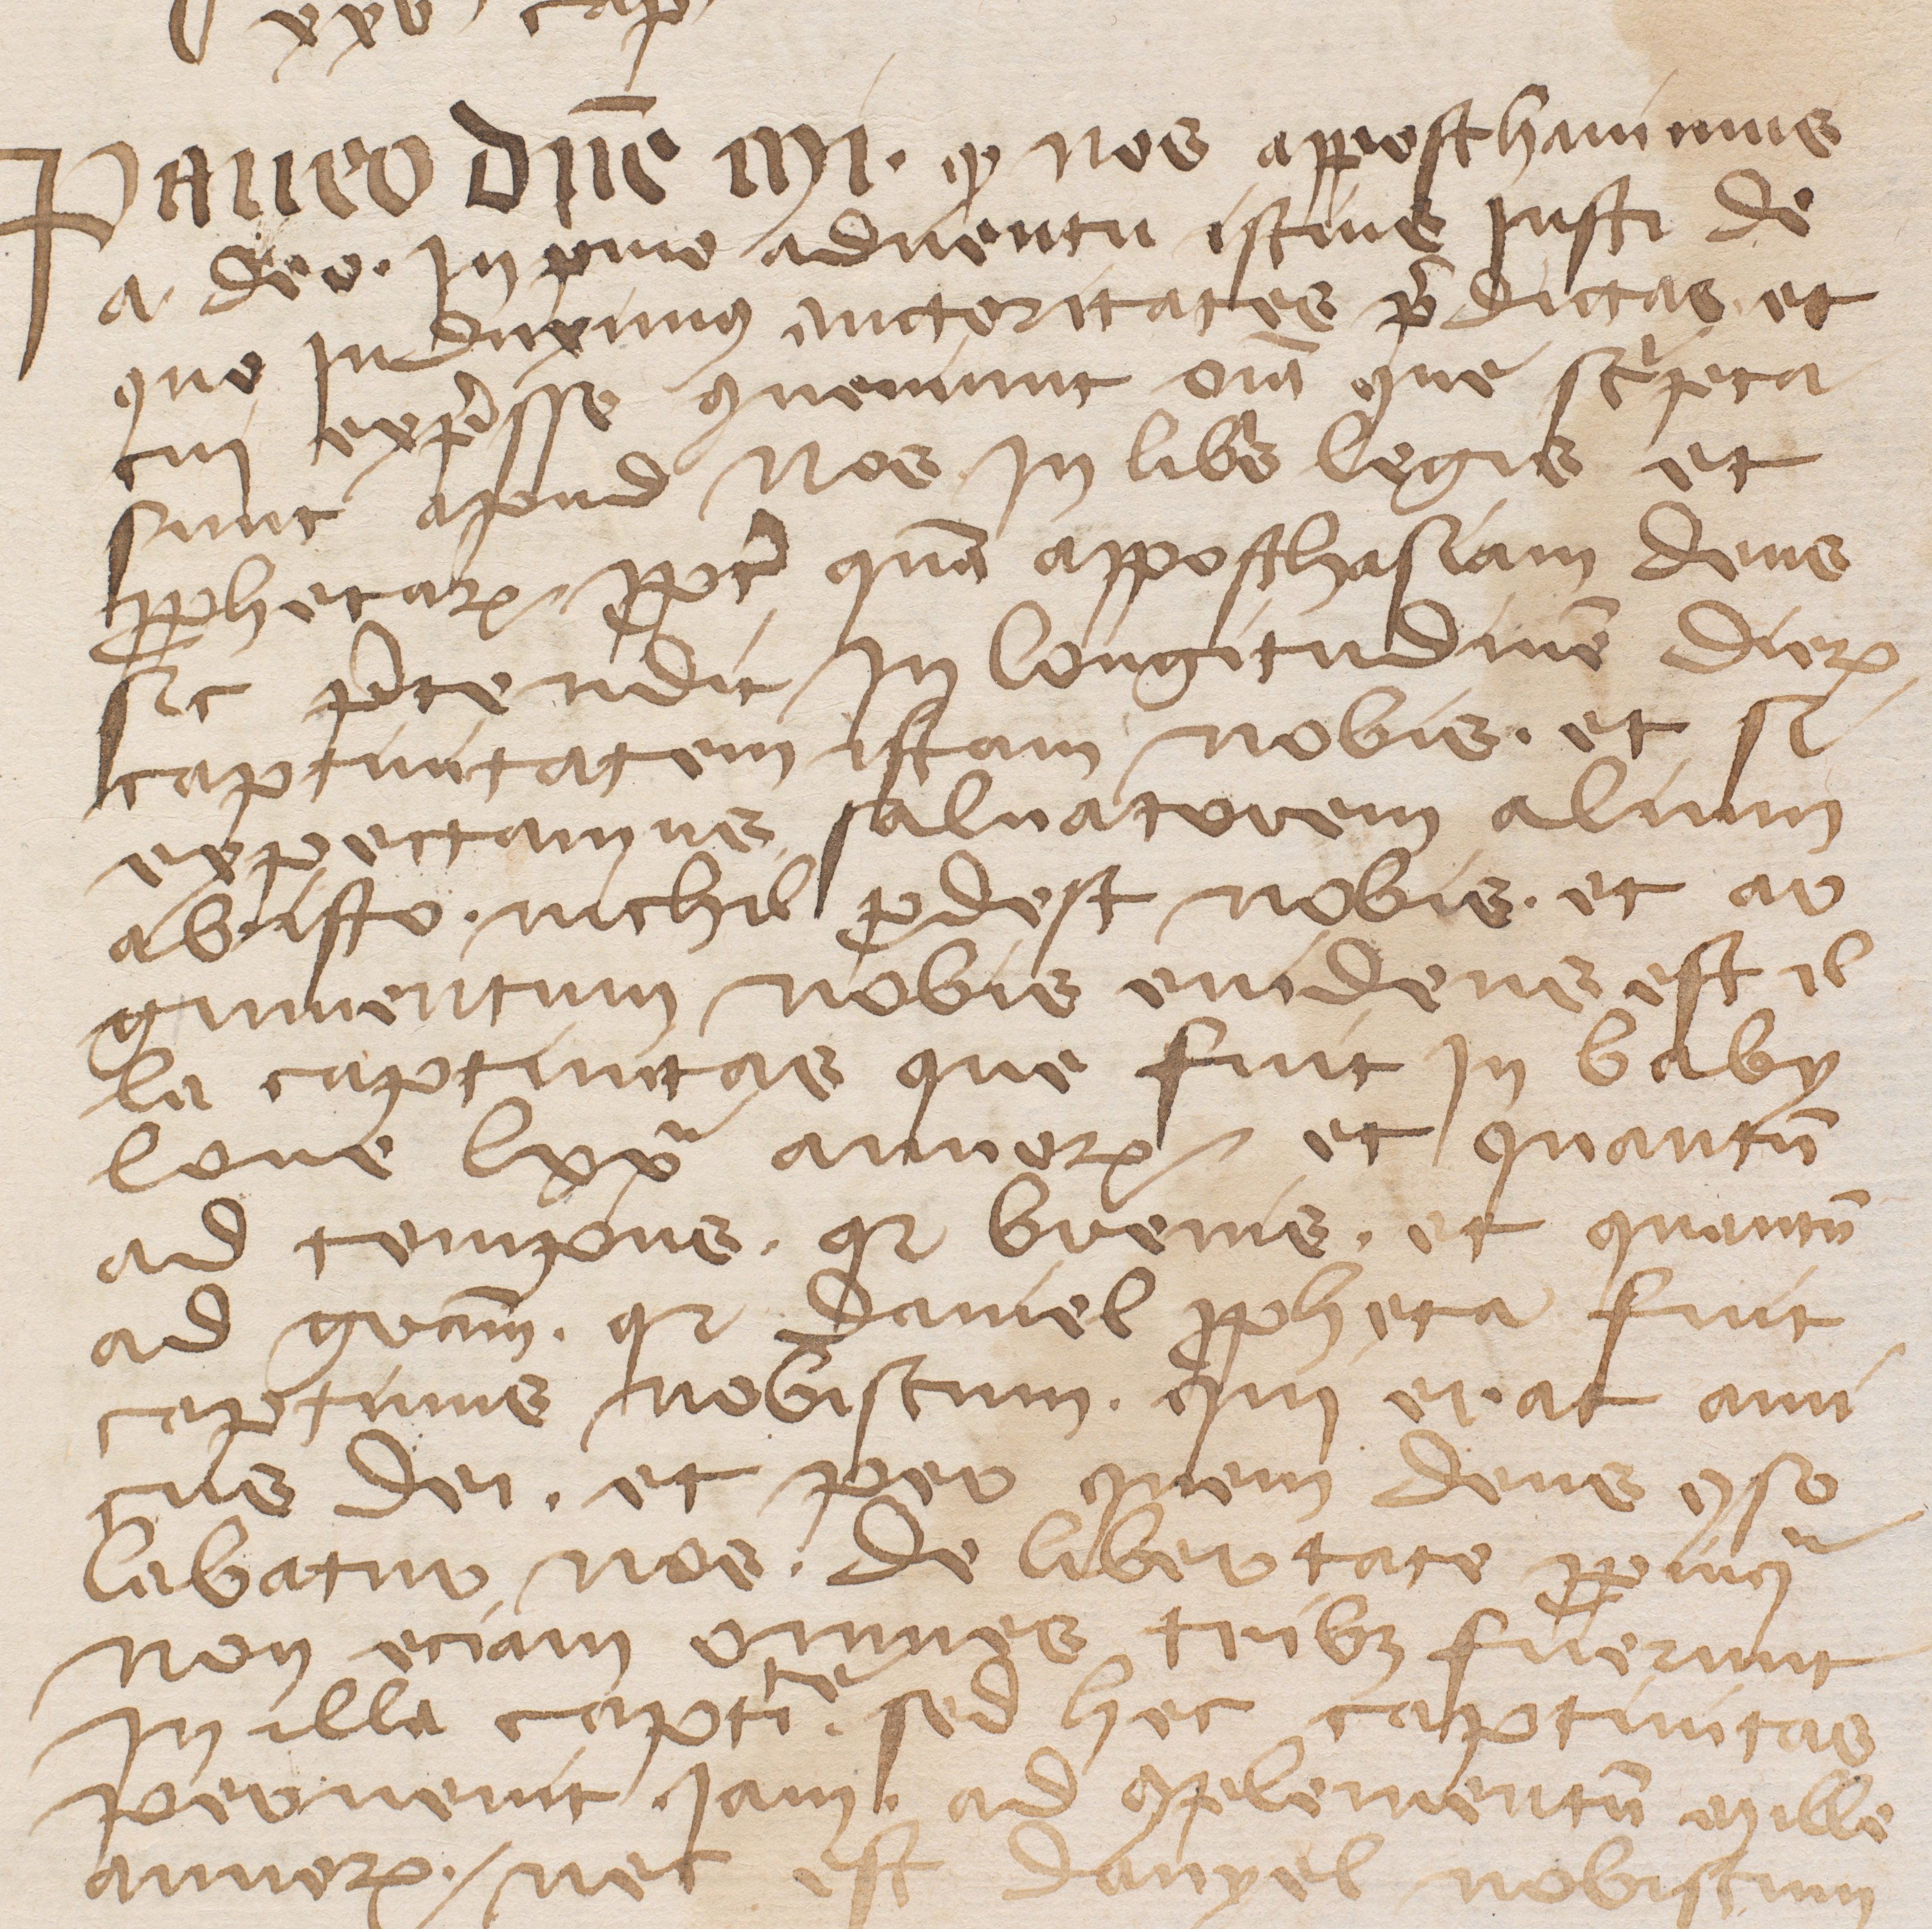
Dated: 1345–1355